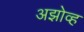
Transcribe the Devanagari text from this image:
अझोव्ह